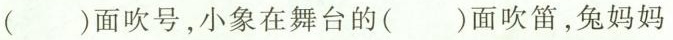
( )面吹号，小象在舞台的( )面吹笛，兔妈妈